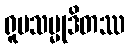
ရူပသမ္မုဒိတဿ